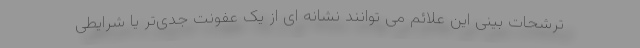
ترشحات بینی این علائم می توانند نشانه ای از یک عفونت جدی‌تر یا شرایطی